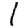
Digit: 1